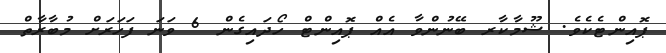
ޕޮއިންޓެކެވެ. ޝޫމާކާރ ބޭނުންވާ އެއް ޕޮއިންޓް ހޯދައިގެން 6 ވަނަ ފަހަރަށް މުބާރާތް